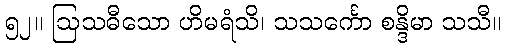
၅၂။ ဩသဓီသော ဟိမရံသိ၊ သသင်္ကော စန္ဒိမာ သသီ။